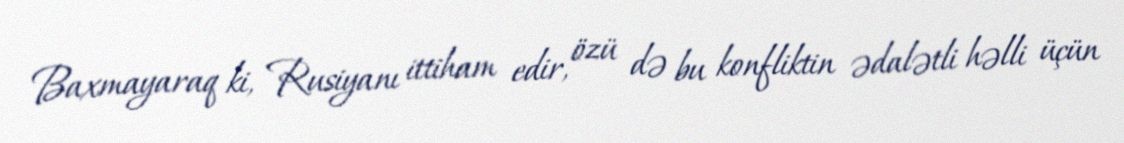
Baxmayaraq ki, Rusiyanı ittiham edir, özü də bu konfliktin ədalətli həlli üçün